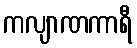
ကလျာဏကာရီ